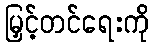
မြှင့်တင်ရေးကို